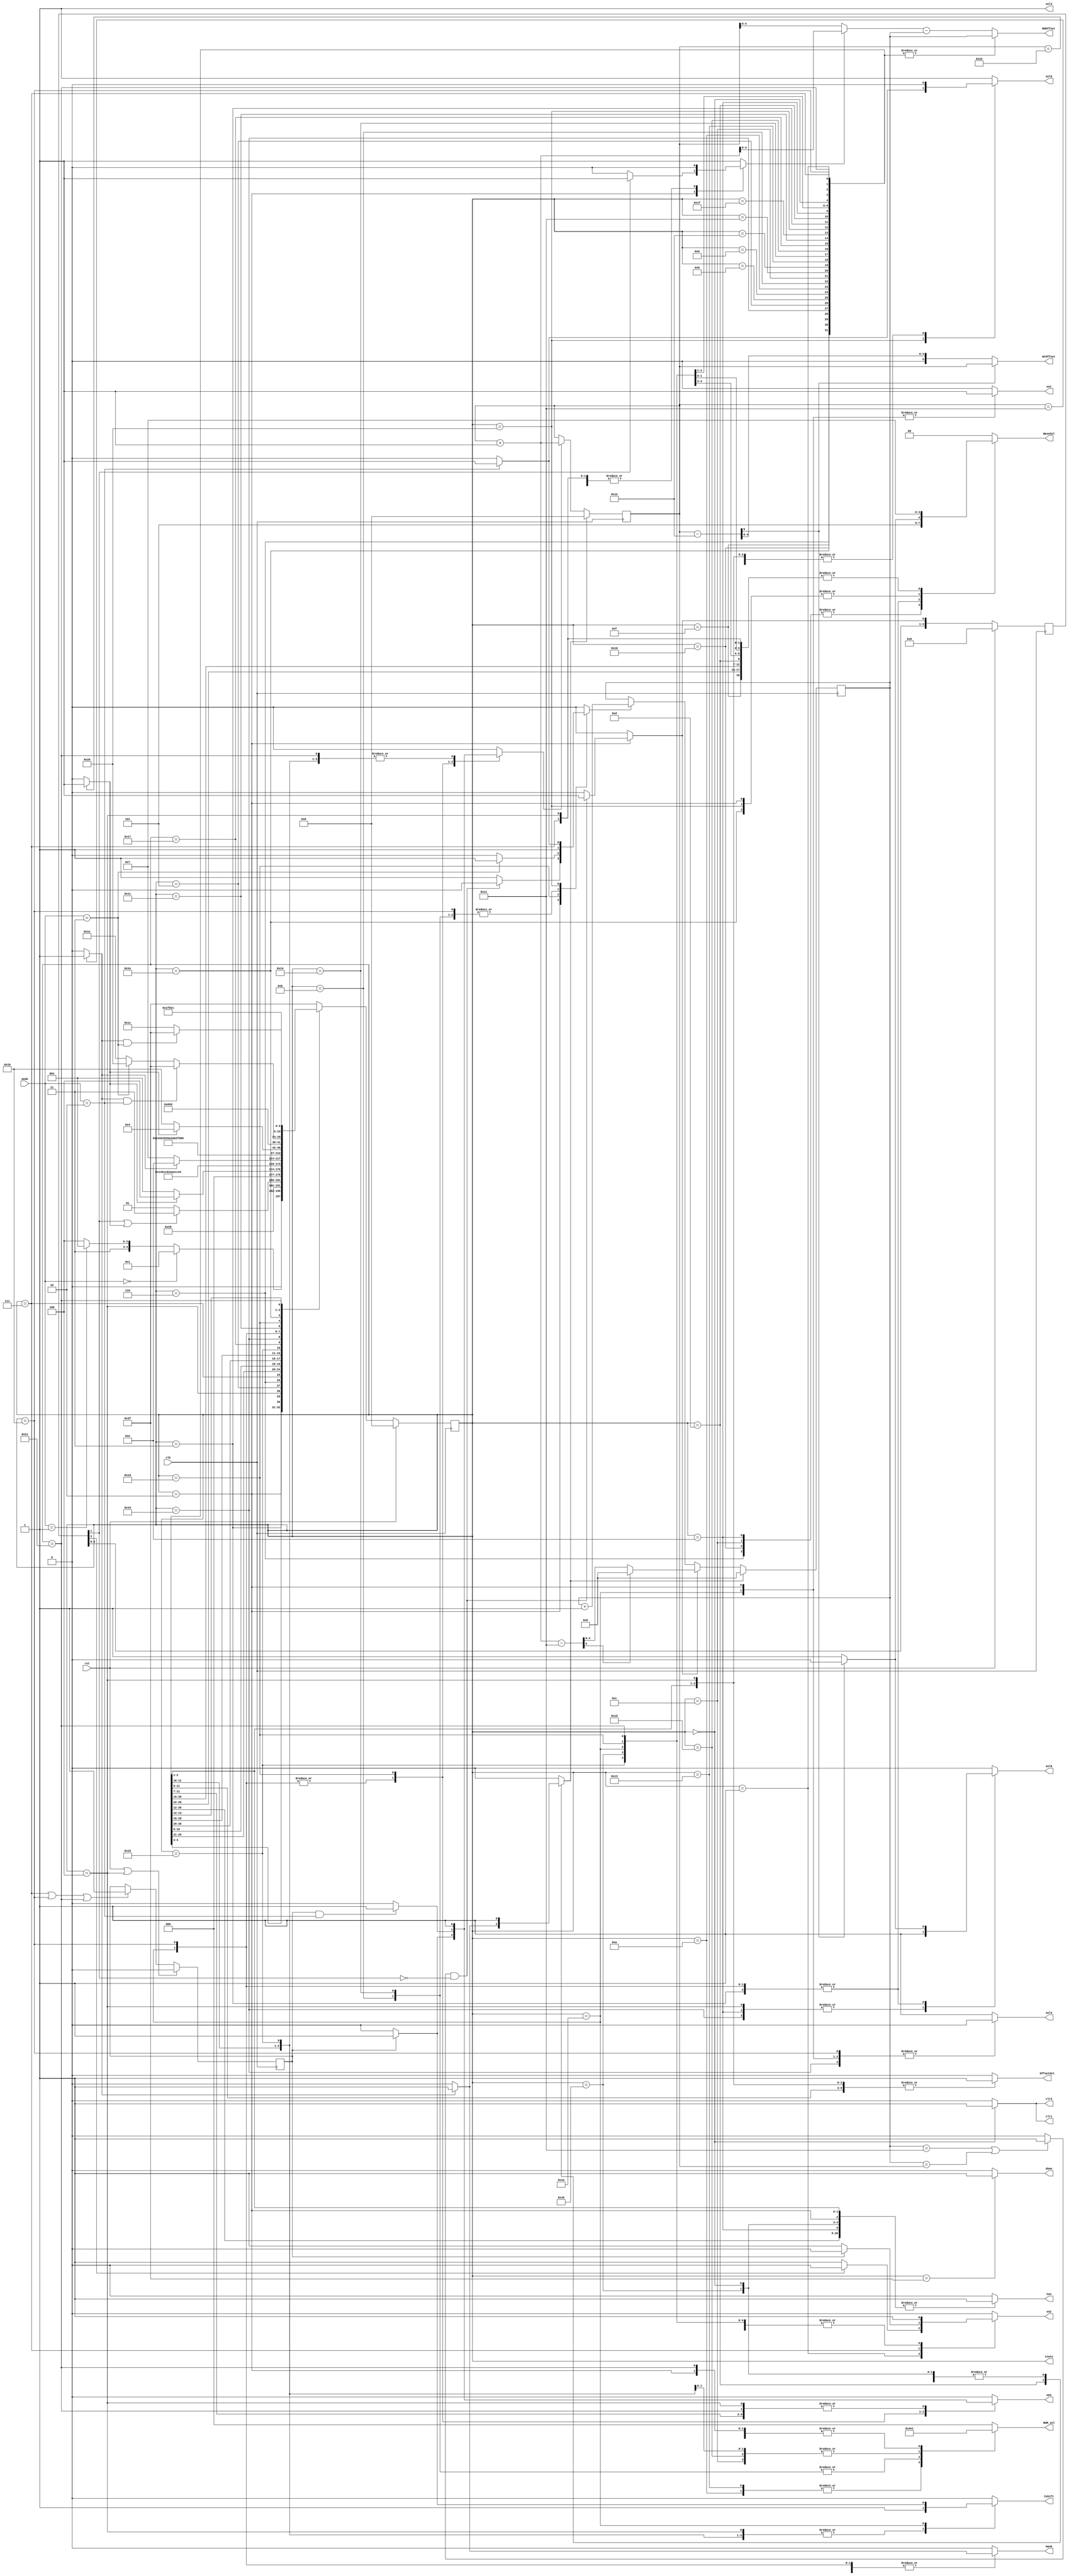
//////////////////////////////////////////////////////////////////////////////////
// Company: COSIC KU Leuven	
// 
// Design Name: 
// Module Name:    primitives 
// Project Name: 
// Target Devices: 
// Tool versions: 
// Description: 
//
// Dependencies: 
//
// Revision: 
// Revision 0.01 - File Created
// Additional Comments: 
//
//////////////////////////////////////////////////////////////////////////////////

module primitives(clk, rst, mode,
						en1, en2, clr1, clr2, sel3, sel6, mask, Cen, Cshift, wea, BaseSel,
					   sel4, sel5, OffsetSel, RdOffset, WtOffset, ROM_sel, done, state);

input clk, rst;
input [1:0] mode;		// mode= 0 for multiplication, 1 for squaring, 2 for addition

output reg en1, en2, clr1, clr2, sel3, sel4, sel5, sel6, mask, Cen, Cshift, wea;
output reg [2:0] ROM_sel;
output reg [1:0] BaseSel;
output reg OffsetSel;
output [4:0] RdOffset;
output [5:0] WtOffset;

output done;
output [5:0] state;




reg [5:0] C1;
reg [4:0] C2;
reg C1inc, C2inc, C2init, RdOffsetSel, C1sel;
reg [5:0] state, nextstate;
reg [3:0] C2initR;
reg C1rst, C2rst;
reg flag;

wire [5:0] C1_plus1, C1_wire;
wire [4:0] C1_sub_17, C1_sub_C2, C2_initial, C1_minus18;
wire carry, C1_half, C1_full, C2_full, C1_minus18_carry;

assign {carry, C1_sub_17} = C1_plus1 - 5'd17;
assign C2_initial = (carry) ? 5'd0 : C1_sub_17;
assign C1_wire = (C1sel) ? C1_plus1 : C1;
assign C1_sub_C2 = C1_wire - C2;
assign RdOffset = (RdOffsetSel) ? C1_sub_C2 : C2;
assign {C1_minus18_carry,C1_minus18} = C1 - 5'd18;
assign WtOffset = (C1_minus18_carry) ? C1 : C1_minus18;

assign C1_plus1 = C1 + 1'b1;
always @(posedge clk)
begin
	if(C2rst)
		C2 <= 5'd0;
	else if(C2init)
		C2 <= C2_initial;
	else if(C2inc)
		C2 <= C2 + 1'b1;
	else
		C2 <= C2;
end
always @(posedge clk)
begin
	if(C1rst)
		C1 <= 6'd0;
	else if(C1inc)
		C1 <= C1_plus1;
	else
		C1 <= C1;
end		
always @(posedge clk)
begin
	if(rst)
		C2initR <= 4'b0000;
	else
		C2initR <= {C2initR[2:0],C2init};
end		

always @(posedge clk)
begin
	if(rst || (state==6'd4))
		flag <= 1'b0;
	else if(state==6'd7 || state==6'd27 || state==6'd33)
		flag <= 1'b1;
	else
		flag <= flag;
end
/*
always @(posedge clk)
begin
	if(rst)
		C2_full_delayed <= 1'b0;
	else if((state==6'd7) & flag)
		C2_full_delayed <= C2_full;
	else
		C2_full_delayed <= C2_full_delayed;
end		
*/	
always @(posedge clk)
begin
	if(rst)
		state <= 6'd0;
	else
		state <= nextstate;
end		
assign C1_full = (C1==6'd34) ? 1'b1 : 1'b0;
assign C2_full = ((C2==5'd17) | (C2==C1)) ? 1'b1 : 1'b0;
assign C1_half = (C1==6'd17) ? 1'b1 : 1'b0;

always @(state or C1_half or C2_full or C2initR or C1_minus18_carry or flag or mode)
begin
	case(state)
	6'd0: begin  // RST
				C1inc<=1'b0; C2inc<=1'b0; C2init<=1'b0; C1rst<=1'b1; C2rst<=1'b1;
				RdOffsetSel<=1'b0; BaseSel<=2'd0; OffsetSel<=1'b0; C1sel<=1'b0;
				en1<=1'b0; en2<=1'b0; clr1<=1'b1; clr2<=1'b1; ROM_sel<=3'd0;
				sel3<=1'b1; sel4<=1'b1; sel5<=1'b0; sel6<=1'b0; mask<=1'b0; Cen<=1'b1; Cshift<=1'b0; wea<=1'b0;
			end

///// Start of Multiplication States //////
	6'd1: begin  // Fetch C2;
				C1inc<=1'b0; C2inc<=1'b0; C2init<=1'b0; C1rst<=1'b0; C2rst<=1'b0;
				RdOffsetSel<=1'b0; BaseSel<=2'd0; OffsetSel<=1'b0; C1sel<=1'b0;
				en1<=1'b0; clr1<=1'b0; clr2<=1'b0; ROM_sel<=3'd0;
				sel3<=1'b1; sel4<=1'b1; sel5<=1'b0; sel6<=1'b0; mask<=1'b0; Cen<=1'b0; Cshift<=1'b0; wea<=1'b0;
				if(C2initR[3]) en2<=1'b0; else en2<=1'b1;
			end
	6'd2: begin  // Fetch C1-C2; R1<--dout;
				C1inc<=1'b0;  C1rst<=1'b0; C2rst<=1'b0;
				RdOffsetSel<=1'b1; BaseSel<=2'd1; OffsetSel<=1'b0;
				en1<=1'b1; en2<=1'b0; clr1<=1'b0; clr2<=1'b0; ROM_sel<=3'd1;
				sel3<=1'b1; sel4<=1'b0; sel5<=1'b1; sel6<=1'b0; mask<=1'b0; Cen<=1'b1; Cshift<=1'b0; wea<=1'b0;
				if(C2_full && C2initR[1]==1'b0) begin C2inc<=1'b0; C2init<=1'b1; end
				else begin C2inc<=1'b1; C2init<=1'b0; end
				if(C2initR[1]) C1sel<=1'b1; else C1sel<=1'b0;
			end

	6'd3: begin  // Write in RAM;
				C1inc<=1'b1; C2inc<=1'b0; C2init<=1'b0;  C1rst<=1'b0; C2rst<=1'b0;
				RdOffsetSel<=1'b0; OffsetSel<=1'b1; C1sel<=1'b0;
				en1<=1'b0; en2<=1'b1; clr1<=1'b0; clr2<=1'b0; ROM_sel<=3'd0;
				sel3<=1'b1; sel4<=1'b1; sel5<=1'b0; Cen<=1'b0; Cshift<=1'b1; wea<=1'b1;
				if(C1_minus18_carry) begin BaseSel<=2'd2; sel6<=1'b0; end 
				else begin BaseSel<=2'd3; sel6<=1'b1; end 
				if(C1_half) mask<=1'b1; else mask<=1'b0; 
			end
	6'd4: begin  // Write final coefficient in RAM;
				C1inc<=1'b0; C2inc<=1'b0; C2init<=1'b0;  C1rst<=1'b0; C2rst<=1'b0;
				RdOffsetSel<=1'b1; BaseSel<=2'd3; OffsetSel<=1'b1; C1sel<=1'b0;
				en1<=1'b0; en2<=1'b0; clr1<=1'b0; clr2<=1'b0; ROM_sel<=3'd0;
				sel3<=1'b1; sel4<=1'b1; sel5<=1'b0; sel6<=1'b1; mask<=1'b0; Cen<=1'b0; Cshift<=1'b1; wea<=1'b1;
			end
///// End of Multiplication States //////			


///// Start of Reduction States //////
	6'd5: begin  // Clear C; Reset C1 and C2
				C1inc<=1'b0; C2inc<=1'b0; C2init<=1'b0;  C1rst<=1'b1; C2rst<=1'b1;
				RdOffsetSel<=1'b0; BaseSel<=2'd3; OffsetSel<=1'b0; C1sel<=1'b0;
				en1<=1'b0; en2<=1'b0; clr1<=1'b0; clr2<=1'b0; ROM_sel<=3'd0;
				sel3<=1'b1; sel4<=1'b1; sel5<=1'b0; sel6<=1'b0; mask<=1'b0; Cen<=1'b1; Cshift<=1'b0; wea<=1'b0;
			end
	6'd6: begin  // Fetch (i+B0)
				C1inc<=1'b0; C2inc<=1'b0; C2init<=1'b0;  C1rst<=1'b0; C2rst<=1'b0;
				RdOffsetSel<=1'b0; BaseSel<=2'd2; OffsetSel<=1'b0; C1sel<=1'b0;
				en1<=1'b0; en2<=1'b0; clr1<=1'b0; clr2<=1'b0; ROM_sel<=3'd0;
				sel3<=1'b1; sel4<=1'b1; sel5<=1'b1; sel6<=1'b0; mask<=1'b0; Cen<=1'b0; Cshift<=1'b0; wea<=1'b0;
			end			
	6'd7: begin  // Fetch (i+B1); R2<--[i+B0] if flag=1;
				C1inc<=1'b0; C2inc<=1'b0; C2init<=1'b0;  C1rst<=1'b0; C2rst<=1'b0;
				RdOffsetSel<=1'b0; BaseSel<=2'd3; OffsetSel<=1'b0; C1sel<=1'b0;
				en1<=1'b0; clr1<=1'b0; clr2<=1'b0; ROM_sel<=3'd0;
				sel3<=1'b1; sel4<=1'b1; sel5<=1'b1; sel6<=1'b0; mask<=1'b0; Cen<=1'b0; Cshift<=1'b0; wea<=1'b0;
				if(flag) en2<=1'b0; else en2<=1'b1; 
			end			
	6'd8: begin  // R2<--[i+B1]; C<--C+R2;
				C1inc<=1'b0; C2inc<=1'b0; C2init<=1'b0;  C1rst<=1'b0; C2rst<=1'b0;
				RdOffsetSel<=1'b0; BaseSel<=2'd3; OffsetSel<=1'b0; C1sel<=1'b0;
				en1<=1'b0; en2<=1'b1; clr1<=1'b0; clr2<=1'b0; ROM_sel<=3'd1;
				sel3<=1'b1; sel4<=1'b1; sel5<=1'b1; sel6<=1'b0; mask<=1'b0; Cen<=1'b1; Cshift<=1'b0; wea<=1'b0;
			end			
	6'd9: begin  // C<--C+R2;
				C1inc<=1'b0; C2inc<=1'b0; C2init<=1'b0;  C1rst<=1'b0; C2rst<=1'b0;
				RdOffsetSel<=1'b0; BaseSel<=2'd3; OffsetSel<=1'b0; C1sel<=1'b0;
				en1<=1'b0; en2<=1'b0; clr1<=1'b0; clr2<=1'b0; ROM_sel<=3'd1;
				sel3<=1'b1; sel4<=1'b1; sel5<=1'b1; sel6<=1'b0; mask<=1'b0; Cen<=1'b1; Cshift<=1'b0; wea<=1'b0;
			end
	6'd10: begin  // C<--C+R2*2^5;
				C1inc<=1'b0; C2inc<=1'b0; C2init<=1'b0;  C1rst<=1'b0; C2rst<=1'b0;
				RdOffsetSel<=1'b0; BaseSel<=2'd3; OffsetSel<=1'b0; C1sel<=1'b0;
				en1<=1'b0; en2<=1'b0; clr1<=1'b0; clr2<=1'b0; ROM_sel<=3'd2;
				sel3<=1'b1; sel4<=1'b1; sel5<=1'b1; sel6<=1'b0; mask<=1'b0; Cen<=1'b1; Cshift<=1'b0; wea<=1'b0;
			end
	6'd11: begin  // C<--C+R2*2^7; Inc C2;
				C1inc<=1'b0; C2inc<=1'b1; C2init<=1'b0;  C1rst<=1'b0; C2rst<=1'b0;
				RdOffsetSel<=1'b0; BaseSel<=2'd3; OffsetSel<=1'b0; C1sel<=1'b0;
				en1<=1'b0; en2<=1'b0; clr1<=1'b0; clr2<=1'b0; ROM_sel<=3'd3;
				sel3<=1'b1; sel4<=1'b1; sel5<=1'b1; sel6<=1'b0; mask<=1'b0; Cen<=1'b1; Cshift<=1'b0; wea<=1'b0;
			end			
	6'd12: begin  // C<--C+R2*2^12; Fetch (i+1+B0);
				C1inc<=1'b0; C2inc<=1'b0; C2init<=1'b0;  C1rst<=1'b0; C2rst<=1'b0;
				RdOffsetSel<=1'b0; BaseSel<=2'd2; OffsetSel<=1'b0; C1sel<=1'b0;
				en1<=1'b0; en2<=1'b0; clr1<=1'b0; clr2<=1'b0; ROM_sel<=3'd4;
				sel3<=1'b1; sel4<=1'b1; sel5<=1'b1; sel6<=1'b0; mask<=1'b0; Cen<=1'b1; Cshift<=1'b0; wea<=1'b0;
			end
	6'd13: begin  // RAM[i+B0]<--CL; Inc C1; R2<--[i+1+B0);
				C1inc<=1'b1; C2inc<=1'b0; C2init<=1'b0; 
				RdOffsetSel<=1'b0; BaseSel<=2'd3; OffsetSel<=1'b1; C1sel<=1'b0;	// CHANGED BaseSel<=2'd2; to BaseSel<=2'd3;
				en1<=1'b0; en2<=1'b1; clr1<=1'b0; clr2<=1'b0; ROM_sel<=3'd4;
				sel3<=1'b1; sel4<=1'b1; sel5<=1'b1; sel6<=1'b0; Cen<=1'b0; Cshift<=1'b1; wea<=1'b1;
				if(C1_half) begin mask<=1'b1; C1rst<=1'b1; C2rst<=1'b1; end
				else begin mask<=1'b0; C1rst<=1'b0; C2rst<=1'b0; end
			end
			
	6'd14: begin  // RAM[B1]<--highest word; Clear C;
				C1inc<=1'b0; C2inc<=1'b0; C2init<=1'b0; C1rst<=1'b0; C2rst<=1'b0;
				RdOffsetSel<=1'b0; BaseSel<=2'd2; OffsetSel<=1'b1; C1sel<=1'b0;	// CHANGED BaseSel<=2'd3; to BaseSel<=2'd2;
				en1<=1'b0; en2<=1'b0; clr1<=1'b0; clr2<=1'b0; ROM_sel<=3'd0;
				sel3<=1'b1; sel4<=1'b1; sel5<=1'b0; sel6<=1'b1; mask<=1'b0; Cen<=1'b1; Cshift<=1'b0; wea<=1'b1;
			end
	// final steps of reduction
	6'd15: begin  // Fetch [B0];
				C1inc<=1'b0; C2inc<=1'b0; C2init<=1'b0; C1rst<=1'b0; C2rst<=1'b0;
				RdOffsetSel<=1'b0; BaseSel<=2'd3; OffsetSel<=1'b0; C1sel<=1'b0;	// CHANGED BaseSel<=2'd2; to BaseSel<=2'd3;
				en1<=1'b0; en2<=1'b0; clr1<=1'b0; clr2<=1'b0; ROM_sel<=3'd0;
				sel3<=1'b1; sel4<=1'b1; sel5<=1'b1; sel6<=1'b0; mask<=1'b0; Cen<=1'b0; Cshift<=1'b0; wea<=1'b0;
			end
	6'd16: begin  // Fetch [B1]; R2<--[B0]; 
				C1inc<=1'b0; C2inc<=1'b0; C2init<=1'b0; C1rst<=1'b0; C2rst<=1'b0;
				RdOffsetSel<=1'b0; BaseSel<=2'd2; OffsetSel<=1'b0; C1sel<=1'b0;	// CHANGED BaseSel<=2'd3; to BaseSel<=2'd2;
				en1<=1'b0; en2<=1'b1; clr1<=1'b0; clr2<=1'b0; ROM_sel<=3'd0;
				sel3<=1'b1; sel4<=1'b1; sel5<=1'b1; sel6<=1'b0; mask<=1'b0; Cen<=1'b0; Cshift<=1'b0; wea<=1'b0;
			end
	6'd17: begin  // R2<--[B1]; C<--R2;
				C1inc<=1'b0; C2inc<=1'b0; C2init<=1'b0; C1rst<=1'b0; C2rst<=1'b0;
				RdOffsetSel<=1'b0; BaseSel<=2'd3; OffsetSel<=1'b0; C1sel<=1'b0;
				en1<=1'b0; en2<=1'b1; clr1<=1'b0; clr2<=1'b0; ROM_sel<=3'd1;
				sel3<=1'b1; sel4<=1'b1; sel5<=1'b1; sel6<=1'b0; mask<=1'b0; Cen<=1'b1; Cshift<=1'b0; wea<=1'b0;
			end
	6'd18: begin  // C<--C+R2;
				C1inc<=1'b0; C2inc<=1'b0; C2init<=1'b0; C1rst<=1'b0; C2rst<=1'b0;
				RdOffsetSel<=1'b0; BaseSel<=2'd3; OffsetSel<=1'b0; C1sel<=1'b0;
				en1<=1'b0; en2<=1'b0; clr1<=1'b0; clr2<=1'b0; ROM_sel<=3'd1;
				sel3<=1'b1; sel4<=1'b1; sel5<=1'b1; sel6<=1'b0; mask<=1'b0; Cen<=1'b1; Cshift<=1'b0; wea<=1'b0;
			end
	6'd19: begin  // C<--C+R2*2^5;
				C1inc<=1'b0; C2inc<=1'b0; C2init<=1'b0; C1rst<=1'b0; C2rst<=1'b0;
				RdOffsetSel<=1'b0; BaseSel<=2'd3; OffsetSel<=1'b0; C1sel<=1'b0;
				en1<=1'b0; en2<=1'b0; clr1<=1'b0; clr2<=1'b0; ROM_sel<=3'd2;
				sel3<=1'b1; sel4<=1'b1; sel5<=1'b1; sel6<=1'b0; mask<=1'b0; Cen<=1'b1; Cshift<=1'b0; wea<=1'b0;
			end
	6'd20: begin  // C<--C+R2*2^7; Inc C2;
				C1inc<=1'b0; C2inc<=1'b1; C2init<=1'b0; C1rst<=1'b0; C2rst<=1'b0;
				RdOffsetSel<=1'b0; BaseSel<=2'd3; OffsetSel<=1'b0; C1sel<=1'b0;
				en1<=1'b0; en2<=1'b0; clr1<=1'b0; clr2<=1'b0; ROM_sel<=3'd3;
				sel3<=1'b1; sel4<=1'b1; sel5<=1'b1; sel6<=1'b0; mask<=1'b0; Cen<=1'b1; Cshift<=1'b0; wea<=1'b0;
			end
	6'd21: begin  // C<--C+R2*2^12; Fetch [B0+1];
				C1inc<=1'b0; C2inc<=1'b0; C2init<=1'b0; C1rst<=1'b0; C2rst<=1'b0;
				RdOffsetSel<=1'b0; BaseSel<=2'd3; OffsetSel<=1'b0; C1sel<=1'b0;	// CHANGED BaseSel<=2'd2; to BaseSel<=2'd3;
				en1<=1'b0; en2<=1'b0; clr1<=1'b0; clr2<=1'b0; ROM_sel<=3'd4;
				sel3<=1'b1; sel4<=1'b1; sel5<=1'b1; sel6<=1'b0; mask<=1'b0; Cen<=1'b1; Cshift<=1'b0; wea<=1'b0;
			end
	6'd22: begin  // RAM[B0]<--CL; Inc C1; R2<--dout;
				C1inc<=1'b1; C2inc<=1'b0; C2init<=1'b0; C1rst<=1'b0; C2rst<=1'b0;
				RdOffsetSel<=1'b0; BaseSel<=2'd3; OffsetSel<=1'b1; C1sel<=1'b0;	// CHANGED BaseSel<=2'd2; to BaseSel<=2'd3;
				en1<=1'b0; en2<=1'b1; clr1<=1'b0; clr2<=1'b0; ROM_sel<=3'd4;
				sel3<=1'b1; sel4<=1'b1; sel5<=1'b1; sel6<=1'b0; mask<=1'b0; Cen<=1'b0; Cshift<=1'b1; wea<=1'b1;
			end			
	6'd23: begin  // C<--C+R2; 
				C1inc<=1'b0; C2inc<=1'b0; C2init<=1'b0; C1rst<=1'b0; C2rst<=1'b0;
				RdOffsetSel<=1'b0; BaseSel<=2'd3; OffsetSel<=1'b0; C1sel<=1'b0;
				en1<=1'b0; en2<=1'b0; clr1<=1'b0; clr2<=1'b0; ROM_sel<=3'd1;
				sel3<=1'b1; sel4<=1'b1; sel5<=1'b1; sel6<=1'b0; mask<=1'b0; Cen<=1'b1; Cshift<=1'b0; wea<=1'b0;
			end
	6'd24: begin  // RAM[B0+1]<--CL; Clear CL; Reset C1, C2;
				C1inc<=1'b0; C2inc<=1'b0; C2init<=1'b0; C1rst<=1'b1; C2rst<=1'b1;
				RdOffsetSel<=1'b0; BaseSel<=2'd3; OffsetSel<=1'b1; C1sel<=1'b0;	// CHANGED BaseSel<=2'd2; to BaseSel<=2'd3;
				en1<=1'b0; en2<=1'b1; clr1<=1'b0; clr2<=1'b0; ROM_sel<=3'd0;
				sel3<=1'b1; sel4<=1'b1; sel5<=1'b1; sel6<=1'b0; mask<=1'b0; Cen<=1'b1; Cshift<=1'b0; wea<=1'b1;
			end			
			
////////////////////////////////////////////////
////////			Squaring Starts		////////////
////////////////////////////////////////////////
	6'd25: begin  // Fetch C2;
 				C1inc<=1'b0; C2inc<=1'b0; C2init<=1'b0; C1rst<=1'b0; C2rst<=1'b0;
				RdOffsetSel<=1'b0; BaseSel<=2'd0; OffsetSel<=1'b0; C1sel<=1'b0;
				en1<=1'b0; en2<=1'b0; clr1<=1'b0; clr2<=1'b0; ROM_sel<=3'd0;
				sel3<=1'b1; sel4<=1'b0; sel5<=1'b0; sel6<=1'b1; mask<=1'b0; Cen<=1'b0; Cshift<=1'b0; wea<=1'b0;
			end
	6'd26: begin  // (R1,R2)<--dout; If flag=1 RAM[B2/3+C1]<--CL & C>>16 & Inc C1;
 				C2inc<=1'b0; C2init<=1'b0; C1rst<=1'b0; C2rst<=1'b0;
				RdOffsetSel<=1'b0; OffsetSel<=1'b1; C1sel<=1'b0;
				en1<=1'b1; en2<=1'b1; clr1<=1'b0; clr2<=1'b0; ROM_sel<=3'd0;
				sel3<=1'b1; sel4<=1'b0; sel5<=1'b0; Cen<=1'b0; 
				if(flag) begin wea<=1'b1; C1inc<=1'b1; Cshift<=1'b1; end 
				else begin wea<=1'b0; C1inc<=1'b0; Cshift<=1'b0; end		
				if(C1_minus18_carry) begin BaseSel<=2'd2; sel6<=1'b0; end 
				else begin BaseSel<=2'd3; sel6<=1'b1; end 
				if(C1_half) mask<=1'b1; else mask<=1'b0; 				
			end
	6'd27: begin  // C<--R1*R2; Inc C2; If flag=1 RAM[B2/3+C1]<--CL & C>>16 & Inc C1;
 				C2inc<=1'b1; C2init<=1'b0; C1rst<=1'b0; C2rst<=1'b0;
				RdOffsetSel<=1'b0; OffsetSel<=1'b1; C1sel<=1'b0;
				en1<=1'b0; en2<=1'b0; clr1<=1'b0; clr2<=1'b0; ROM_sel<=3'd0;
				sel3<=1'b1; sel4<=1'b0; sel5<=1'b0; Cen<=1'b1; Cshift<=1'b0;
				if(flag) begin wea<=1'b1; C1inc<=1'b1; end
				else begin wea<=1'b0; C1inc<=1'b0; end
				if(C1_minus18_carry) begin BaseSel<=2'd2; sel6<=1'b0; end 
				else begin BaseSel<=2'd3; sel6<=1'b1; end 
				if(C1_half) mask<=1'b1; else mask<=1'b0; 				
			end
////////////////////////////////////////////////
////////			Squaring Ends		////////////
////////////////////////////////////////////////


////////////////////////////////////////////////
////////			Addition Starts		////////////
////////////////////////////////////////////////
	6'd28: begin  // Fetch (B1+C2); C<--C+R2(#B2+C2+1);
 				C1inc<=1'b0; C2inc<=1'b0; C2init<=1'b0; C1rst<=1'b0; C2rst<=1'b0;
				RdOffsetSel<=1'b0; BaseSel<=2'd0; OffsetSel<=1'b0; C1sel<=1'b0;
				en1<=1'b0; en2<=1'b0; clr1<=1'b0; clr2<=1'b0; ROM_sel<=3'd1;
				sel3<=1'b1; sel4<=1'b1; sel5<=1'b1; sel6<=1'b0; mask<=1'b0; Cen<=1'b1; Cshift<=1'b0; wea<=1'b0;
			end
	6'd29: begin  // R2<--(B1+C2); If addition: if flag=1 then [B0+C1+1]<--CL & C1++;		
 				C2init<=1'b0; C1rst<=1'b0; C2rst<=1'b0;
				RdOffsetSel<=1'b0; BaseSel<=2'd3; OffsetSel<=1'b1; C1sel<=1'b0;	// *** BaseSel<=2'd2; changed to BaseSel<=2'd3;
				en1<=1'b0; en2<=1'b1; clr1<=1'b0; clr2<=1'b0; ROM_sel<=3'd1;
				sel3<=1'b1; sel4<=1'b1; sel5<=1'b0; sel6<=1'b0; mask<=1'b0; Cen<=1'b0; Cshift<=1'b0; 
				if(flag & (mode==2'd2)) begin wea<=1'b1; C1inc<=1'b1; end
				else begin wea<=1'b0; C1inc<=1'b0; end
				if(mode==2'd3) C2inc<=1'b1; else C2inc<=1'b0;  
			end
	6'd30: begin  // Fetch (B2+C2); Inc C2;
 				C1inc<=1'b0; C2inc<=1'b1; C2init<=1'b0; C1rst<=1'b0; C2rst<=1'b0;
				RdOffsetSel<=1'b0; BaseSel<=2'd1; OffsetSel<=1'b0; C1sel<=1'b0;
				en1<=1'b0; en2<=1'b0; clr1<=1'b0; clr2<=1'b0; ROM_sel<=3'd1;
				sel3<=1'b1; sel4<=1'b1; sel5<=1'b0; sel6<=1'b0; mask<=1'b0; Cen<=1'b0; Cshift<=1'b0; wea<=1'b0;
			end			
	6'd31: begin  // R2<--(B2+C2); C<--0+R2; Fetch (B1+C2+1);
 				C1inc<=1'b0; C2inc<=1'b0; C2init<=1'b0; C1rst<=1'b0; C2rst<=1'b0;
				RdOffsetSel<=1'b0; BaseSel<=2'd0; OffsetSel<=1'b0; C1sel<=1'b0;
				en1<=1'b0; en2<=1'b1; clr1<=1'b0; clr2<=1'b0; ROM_sel<=3'd1;
				sel3<=1'b1; sel4<=1'b1; sel5<=1'b0; sel6<=1'b0; mask<=1'b0; Cen<=1'b1; Cshift<=1'b0; wea<=1'b0;
			end
	6'd32: begin  // If addition C<--C+R2; If copy C<--0+R2; R2<--(B1+C2+1); Fetch (B2+C2+1); Inc C2
 				C1inc<=1'b0; C2init<=1'b0; C1rst<=1'b0; C2rst<=1'b0;
				RdOffsetSel<=1'b0; BaseSel<=2'd1; OffsetSel<=1'b0; C1sel<=1'b0;
				en1<=1'b0; en2<=1'b1; clr1<=1'b0; clr2<=1'b0; ROM_sel<=3'd1;
				sel3<=1'b1; sel4<=1'b1; sel6<=1'b0; mask<=1'b0; Cen<=1'b1; Cshift<=1'b0; wea<=1'b0;
				if(mode==2'd2) begin C2inc<=1'b1;  sel5<=1'b1; end
				else begin C2inc<=1'b0; sel5<=1'b0; end
			end
	6'd33: begin  // [B0+C1]<--CL; Inc C1; C<--0+R2; R2<--(B2+C2+1);
 				C1inc<=1'b1; C2inc<=1'b0; C2init<=1'b0; C1rst<=1'b0; C2rst<=1'b0;
				RdOffsetSel<=1'b0; BaseSel<=2'd3; OffsetSel<=1'b1; C1sel<=1'b0;	// *** BaseSel<=2'd2; changed to BaseSel<=2'd3;
				en1<=1'b0; en2<=1'b1; clr1<=1'b0; clr2<=1'b0; ROM_sel<=3'd1;
				sel3<=1'b1; sel4<=1'b1; sel5<=1'b0; sel6<=1'b0; mask<=1'b0; Cen<=1'b1; Cshift<=1'b0; wea<=1'b1;
			end			
	





	6'd63: begin  // End
				C1inc<=1'b0; C2inc<=1'b0; C2init<=1'b0;  C1rst<=1'b0; C2rst<=1'b0;
				RdOffsetSel<=1'b1; BaseSel<=2'd0; OffsetSel<=1'b0; C1sel<=1'b1; 
				en1<=1'b0; en2<=1'b0; clr1<=1'b0; clr2<=1'b0; ROM_sel<=3'd0;
				sel3<=1'b1; sel4<=1'b1; sel5<=1'b1; sel6<=1'b0; mask<=1'b0; Cen<=1'b0; Cshift<=1'b0; wea<=1'b0;
			end
			
			
	default: begin
				C1inc<=1'b0; C2inc<=1'b0; C2init<=1'b0; C1rst<=1'b0; C2rst<=1'b0;
				RdOffsetSel<=1'b1; BaseSel<=2'd0; OffsetSel<=1'b0; C1sel<=1'b1; 
				en1<=1'b0; en2<=1'b0; clr1<=1'b0; clr2<=1'b0; ROM_sel<=3'd0;
				sel3<=1'b1; sel4<=1'b1; sel5<=1'b1; sel6<=1'b0; mask<=1'b0; Cen<=1'b0; Cshift<=1'b0; wea<=1'b0;
			end
	endcase
end

always @(state or mode or C1_full or C2initR or C1_half or flag)
begin	
	case(state)
	6'd0 : begin 
				if(mode==2'd0) 
					nextstate <= 6'd1;
				else if(mode==2'd1)
					nextstate <= 6'd25;
				else	// addition and copy
					nextstate <= 6'd28;
			end		
	6'd1 : nextstate <= 6'd2;
	6'd2 : begin
				if(C2initR[1] | C1_full)
					nextstate <= 6'd3;
				else
					nextstate <= 6'd1;
			end
	6'd3 : begin
				if(C1_full)
					nextstate <= 6'd4;
				else
					nextstate <= 6'd1;
			end		
	6'd4: nextstate <= 6'd5;

	6'd5: nextstate <= 6'd6;
	6'd6: nextstate <= 6'd7;
	6'd7: nextstate <= 6'd8;
	6'd8: nextstate <= 6'd9;
	6'd9: nextstate <= 6'd10;
	6'd10: nextstate <= 6'd11;	
	6'd11: nextstate <= 6'd12;
	6'd12: nextstate <= 6'd13;

	6'd13 : begin
				if(C1_half)
					nextstate <= 6'd14;
				else
					nextstate <= 6'd7;
			end

	6'd14: nextstate <= 6'd15;	
	6'd15: nextstate <= 6'd16;	
	6'd16: nextstate <= 6'd17;	
	6'd17: nextstate <= 6'd18;	
	6'd18: nextstate <= 6'd19;	
	6'd19: nextstate <= 6'd20;		
	6'd20: nextstate <= 6'd21;	
	6'd21: nextstate <= 6'd22;	
	6'd22: nextstate <= 6'd23;
	6'd23: nextstate <= 6'd24;
	6'd24: nextstate <= 6'd63;
	
	6'd25: nextstate <= 6'd26;	
	6'd26: begin
				if(C1_full)
					nextstate <= 6'd4;	// Jump to write last word and then start modular reduction	
				else
					nextstate <= 6'd27;
			end	
	6'd27: nextstate <= 6'd25;

	// Addition states;
	6'd28: nextstate <= 6'd29;
	6'd29: begin
				if(C1_half & (mode==2'd2))
					nextstate <= 6'd63;
				else if(mode==2'd3)
					nextstate <= 6'd32;
				else
					nextstate <= 6'd30;
			end		
	6'd30: nextstate <= 6'd31;
	6'd31: nextstate <= 6'd32;
	6'd32: nextstate <= 6'd33;
	6'd33: begin
				if(C1_half & (mode==2'd3))
					nextstate <= 6'd63;
				else
					nextstate <= 6'd28;
			end
			
	6'd63: nextstate <= 6'd63;	
	default: nextstate <= 6'd63;
	endcase
end
	
assign done = (state==6'd63) ? 1'b1 : 1'b0;	
	
endmodule